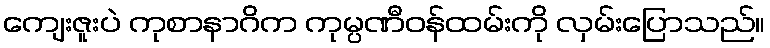
ကျေးဇူးပဲ ကုစာနာဂိက ကုမ္ပဏီဝန်ထမ်းကို လှမ်းပြောသည်။